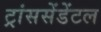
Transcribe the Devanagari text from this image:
ट्रांससेंडेंटल